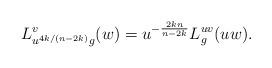
LaTeX: \begin{align*} L_{u^{4k/(n-2k)} g}^v(w)=u^{-\frac{2kn}{n-2k}}L_g^{uv}(uw).\end{align*}